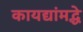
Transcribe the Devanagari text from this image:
कायद्यांमद्धे